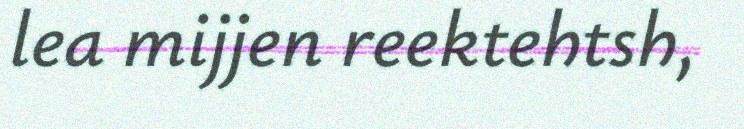
lea mijjen reektehtsh,